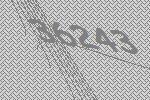
36243